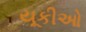
યૂકીઓ